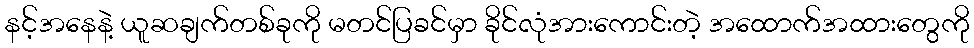
နင့်အနေနဲ့ ယူဆချက်တစ်ခုကို မတင်ပြခင်မှာ ခိုင်လုံအားကောင်းတဲ့ အထောက်အထားတွေကို